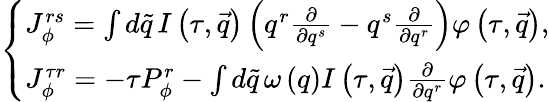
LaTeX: \left\{ \begin{array}{l}{{J_{\phi}^{rs}=\int d\tilde{q}\, I\left(\tau,\vec{q}\right)\left(q^{r}\frac\partial{\partial q^{s}}-q^{s}\frac\partial{\partial q^{r}}\right)\varphi\left(\tau,\vec{q}\right),}}\\ {{J_{\phi}^{\tau r}=-\tau P_{\phi}^{r}-\int d\tilde{q}\, \omega\left(q\right)I\left(\tau,\vec{q}\right)\frac\partial{\partial q^{r}}\varphi\left(\tau,\vec{q}\right).}}\end{array}\right.